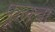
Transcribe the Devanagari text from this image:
फूलचा